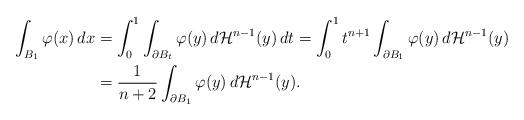
LaTeX: \begin{align*} \int_{B_1} \varphi(x)\,dx&=\int_0^1\int_{\partial B_t} \varphi(y)\,d\mathcal{H}^{n-1}(y)\,dt=\int_0^1 t^{n+1}\int_{\partial B_1} \varphi(y)\,d\mathcal{H}^{n-1}(y)\\&=\frac{1}{n+2}\int_{\partial B_1} \varphi(y)\,d\mathcal{H}^{n-1}(y). \end{align*}